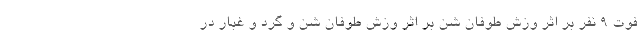
فوت ۹ نفر بر اثر وزش طوفان شن بر اثر وزش طوفان شن و گرد و غبار در